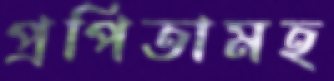
প্রপিতামহ